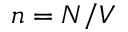
n = N / V